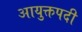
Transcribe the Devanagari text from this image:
आयुक्तपदी